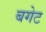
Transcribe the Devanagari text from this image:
बगेट